Vaccination in the Punjab 1883-1896 - 1883-1896
Year: 1883
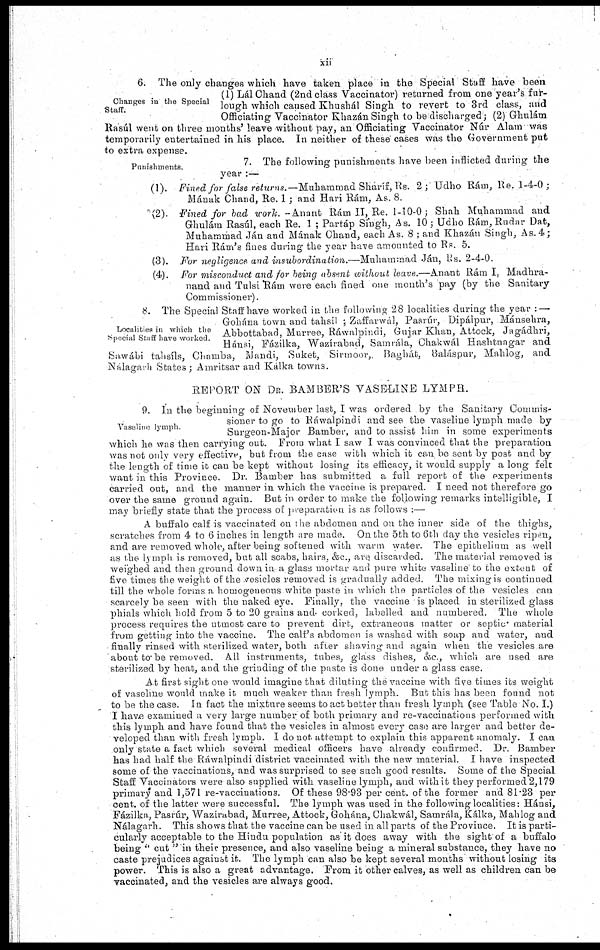
xii
Changes in the Special
Staff.
6. The only changes which have taken place in the Special Staff have been
(1) Lál Chand (2nd class Vaccinator) returned from one year's fur-
lough which caused Khushál Singh to revert to 3rd class, and
Officiating Vaccinator Khazán Singh to be discharged; (2) Ghulám
Rasúl went on three months' leave without pay, an Officiating Vaccinator Núr Alam was
temporarily entertained in his place. In neither of these cases was the Government put
to extra expense.
Punishments.
7. The following punishments have been inflicted during the
year :—
(1). Fined for false returns.— Muhammad Sharíf, Rs. 2; Udho Rám, Rs. 1-4-0 ;
Mának Chand, Re. 1 ; and Hari Rám, As. 8.
(2). Fined for had work. -Anant Rám II, Re. 1-10-0; Shah Muhammad and
Ghulám Rasúl, each Re. 1 ; Partáp Singh, As. 10; Udho Rám,Rndar Dat,
Muhammad Ján and Mának Chand, each As. 8 ; and Khazán Singh, As. 4;
Hari Ram's fines during the year have amounted to Rs. 5.
(3). For negligence and insubordination.—Muhammad
Ján, Rs. 2-4-0.
(4). For misconduct and for being absent without leave.—Anant Rám I, Madhra-
nand and Tulsi Rám were each fined one month's pay (by the Sanitary
Commissioner).
Localities in which the
Special Staff have worked.
8. The Special Staff have worked in the following 28 localities during the year : —
Gohána town and tahsíl ; Zaffarwál, Pasrúr, Dipálpur, Mánsehra,
Abbottabad, Murree, Ráwalpindi, Gujar Khan, Attock, Jagádhri,
Hánsi, Fázilka, Wazírabad, Samrála, Ghakwál Hashinagar and.
Sawábi tahsíls, Chamba, Mandi, Suket, Sirmoor, Baghát, Baláspur, Mahlog, and
Nalagath States; Amritsar and Kálka towns.
REPORT ON Dr. BAMBER'S VASELINE LYMPH.
Vaselme lymph.
9. In the beginning of November last, I was ordered by the Sanitary Commis-
sioner to go to Ráwalpindi and see the vaseline lymph made by
Surgeon-Major Bamber, and to assist him in some experiments
which he was then carrying out. From what I saw I was convinced that the preparation
was not only very effective, but from the ease with which it can be sent by post and by
the length of time it can be kept without losing its efficacy, it would supply a long felt
want in this Province. Dr. Bamber has submitted a full report of the experiments
carried out, and the manner in which the vaccine is prepared. I need not therefore go
over the same ground again. But in order to make the following remarks intelligible, I
may briefly state that the process of preparation is as follows .—
A buffalo calf is vaccinated on the abdomen and on the inner side of the thighs,
scratches from 4 to 6 inches in length are made. On the 5th to 6th day the vesicles ripen,
and are removed whole, after being softened with warm water. The epithelium as well
as the lymph is removed, but all scabs, hairs, &c., are discarded. The material removed is
weighed and then ground down in a glass mortar and pure white vaseline to the extent of
five times the weight of the vosicles removed is gradually added. The mixing is continued
till the whole forms a homogeneous white paste in which the particles of the vesicles can
scarcely be seen with the naked eye. Finally, the vaccine is placed in sterilized glass
phials which hold from 5 to 20 grams and corked, labelled and numbered. The whole
process requires the utmost care to prevent dirt. extraneous matter or septic material
from getting into the vaccine. The calf's abdomen is washed with soap and water, and
finally rinsed with sterilized water, both after shaving and again when the vesicles are
about to be removed. All instruments, tubes, glass dishes, &c., which are used are
sterilized by heat, and the grinding of the paste is done under a glass case.
At first sight one would imagine that diluting the vaccine with five times its weight
of vaseline would make it much weaker than fresh lymph. But this has been found not
to be the case. In fact the mixture seems to act better than fresh lymph (see Table No. I.)
I have examined a very large number of both primary and re-vaccinations performed with
this lymph and have found that the vesicles in almost every case are larger and better de-
veloped than with fresh lymph. I do not attempt to explain this apparent anomaly. I can
only state a fact which several medical officers have already confirmed. Dr. Bamber
has had half the Ráwalpindi district vaccinated with the new material. I have inspected
some of the vaccinations, and was surprised to see such good results. Some of the Special
Staff Vaccinators were also supplied with vaseline lymph, and with it they performed 2,179
primary and 1,571 re-vaccinations. Of these 98.93 per cent. of the former and 81.23 per
cent. of the latter were successful. The lymph was used in the following localities: Hánsi,
Fázilka„ Pasrúr, Wazira bad, Murree, Attock, Gohána, Chakwál, Samrála, Kálka, Mahlog and
Nálagarh. This shows that the vaccine can be used in all parts of the Province. It is parti-
cularly acceptable to the Hindu population as it does away with the sight of a buffalo
being " cut " in their presence, and also vaseline being a mineral substance, they have no
caste prejudices against it. The lymph can also be kept several months without losing its
power. This is also a great advantage. From it other calves, as well as children can be
vaccinated, and the vesicles are always good.